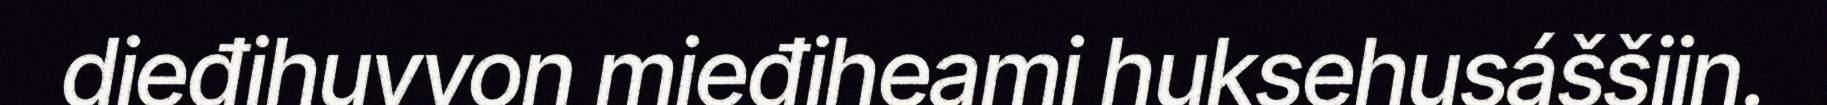
dieđihuvvon mieđiheami huksehusáššiin.